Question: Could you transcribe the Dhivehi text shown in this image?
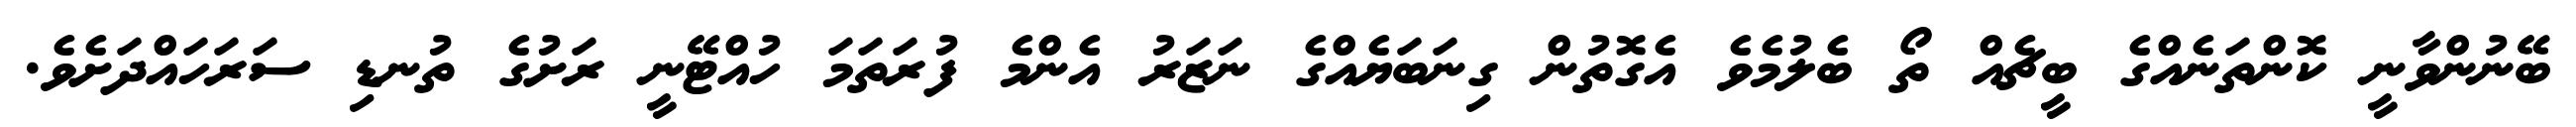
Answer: ބޭނުންވާނީ ކޮންތަނެއްގެ ބީޗެއް ތޯ ބެލުމެވެ އެގޮތުން ގިނަބަޔެއްގެ ނަޒަރު އެންމެ ފުރަތަމަ ހުއްޓޭނީ ރަށުގެ ތުނޑި ސަރަހައްދަށެވެ.